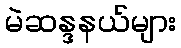
မဲဆန္ဒနယ်များ